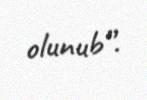
olunub”.